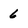
Character: 6